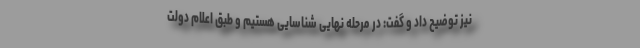
نیز توضیح داد و گفت: در مرحله نهایی شناسایی هستیم و طبق اعلام دولت